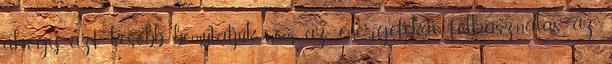
ahogy azt később bemutatjuk, nem az energetikai felhasználás az